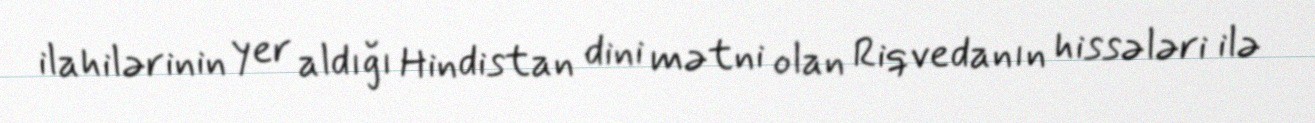
ilahilərinin yer aldığı Hindistan dini mətni olan Riqvedanın hissələri ilə